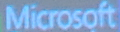
Microsoft